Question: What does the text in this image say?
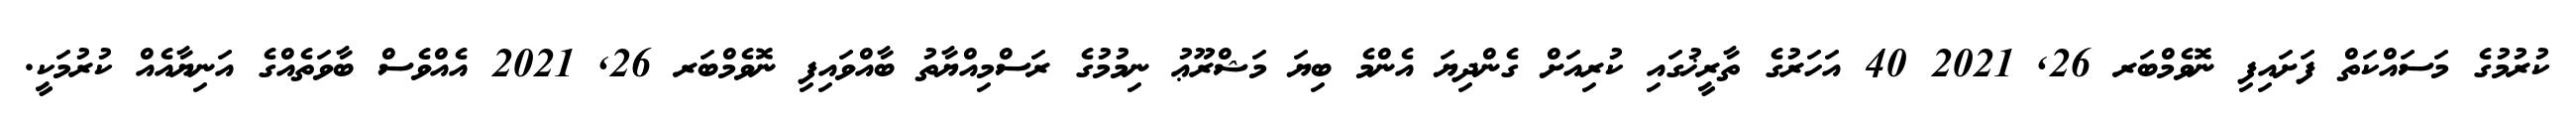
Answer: ކުރުމުގެ މަސައްކަތް ފަށައިފި ނޮވެމްބަރ 26, 2021 40 އަހަރުގެ ތާރީޚުގައި ކުރިއަށް ގެންދިޔަ އެންމެ ބިޔަ މަޝްރޫޢު ނިމުމުގެ ރަސްމިއްޔާތު ބާއްވައިފި ނޮވެމްބަރ 26, 2021 އެއްވެސް ބާވަތެއްގެ އަނިޔާއެއް ކުރުމަކީ.